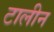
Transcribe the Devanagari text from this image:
टालीन